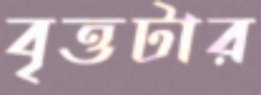
বৃত্তটার